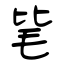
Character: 毞